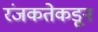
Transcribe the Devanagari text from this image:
रंजकतेकडून